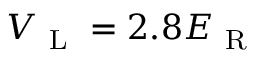
V _ { \mathrm { ~ L ~ } } = 2 . 8 E _ { \mathrm { ~ R ~ } }